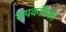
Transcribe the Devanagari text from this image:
रूपकांपैकी